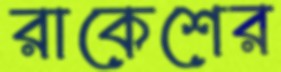
রাকেশের